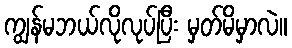
ကျွန်မဘယ်လိုလုပ်ပြီး မှတ်မိမှာလဲ။